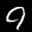
Label: 9